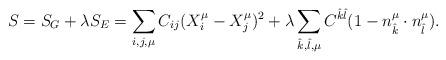
LaTeX: \begin{align*}\protect S = S_{G} + \lambda S_E = \sum_{i,j,\mu}C_{ij}(X^{\mu}_i - X^{\mu}_j)^2 + \lambda\sum_{\hat{k},\hat{l},\mu}C^{\hat{k}\hat{l}}(1 - n^{\mu}_{\hat{k}}\cdot n^{\mu}_{\hat{l}}) .\end{align*}